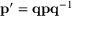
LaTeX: \mathbf { p ^ { \prime } } = \mathbf { q } \mathbf { p } \mathbf { q } ^ { - 1 }